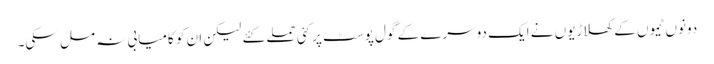
دونوں ٹیموں کے کھلاڑیوں نے ایک دوسرے کے گول پوسٹ پر کئی حملے کئے لیکن ان کو کامیابی نہ مل سکی۔